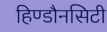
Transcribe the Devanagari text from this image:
हिण्डौनसिटी